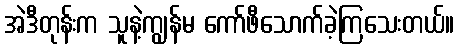
အဲဒီတုန်းက သူနဲ့ကျွန်မ ကော်ဖီသောက်ခဲ့ကြသေးတယ်။